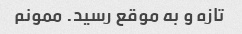
تازه و به موقع رسید. ممونم